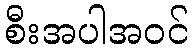
စီးအပါအဝင်